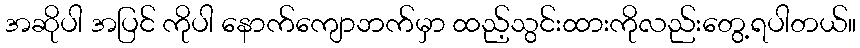
အဆိုပါ အပြင် ကိုပါ နောက်ကျောဘက်မှာ ထည့်သွင်းထားကိုလည်းတွေ့ရပါတယ်။